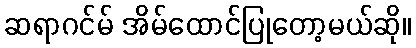
ဆရာဂင်မ် အိမ်ထောင်ပြုတော့မယ်ဆို။